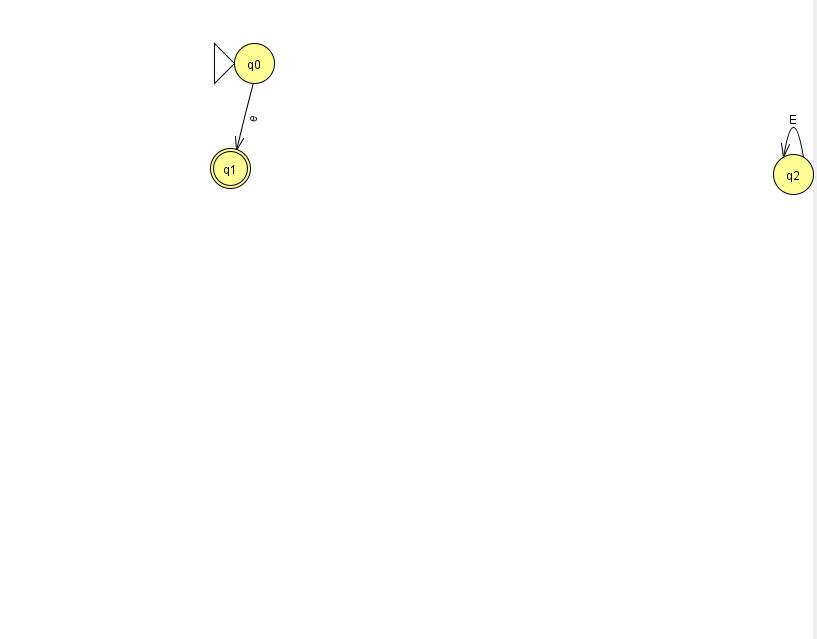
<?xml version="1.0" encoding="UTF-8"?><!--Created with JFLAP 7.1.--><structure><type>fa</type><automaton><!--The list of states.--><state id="0" name="q0"><x>254.0</x><y>50.0</y><initial/></state><state id="1" name="q1"><x>230.0</x><y>155.0</y><final/></state><state id="2" name="q2"><x>793.0</x><y>161.0</y></state><!--The list of transitions.--><transition><from>2</from><to>2</to><read>E</read></transition><transition><from>0</from><to>1</to><read>e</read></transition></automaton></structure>